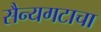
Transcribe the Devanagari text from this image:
सैन्यगटाचा